Annual administration report of the Civil Veterinary Department of India - 1893-1894
Year: 1893
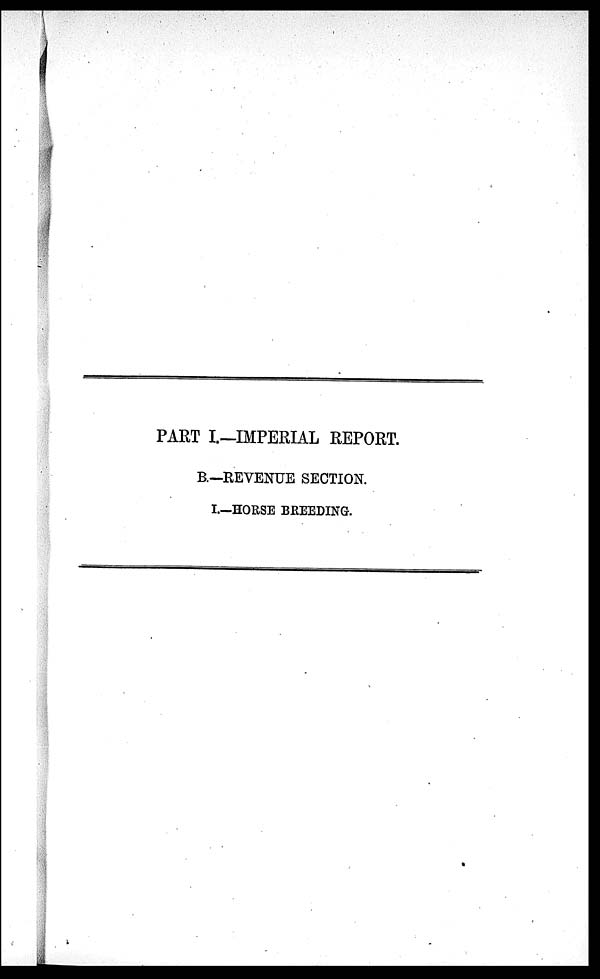
PART I.—IMPERIAL REPORT.
B.—REVENUE SECTION.
I.—HORSE BREEDING.